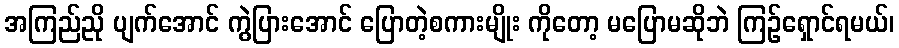
အကြည်ညို ပျက်အောင် ကွဲပြားအောင် ပြောတဲ့စကားမျိုး ကိုတော့ မပြောမဆိုဘဲ ကြဉ်ရှောင်ရမယ်၊